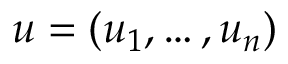
u = ( u _ { 1 } , \ldots , u _ { n } )